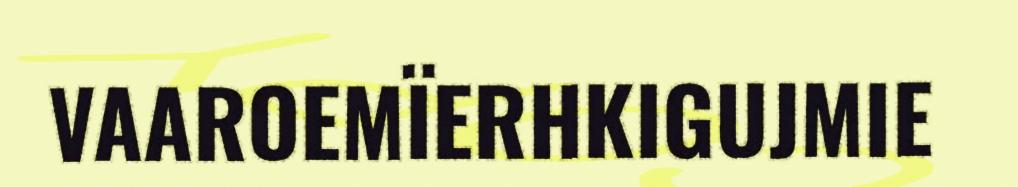
VAAROEMÏERHKIGUJMIE